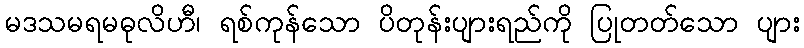
မဒသမရမဓုလိဟီ၊ ရစ်ကုန်သော ပိတုန်းပျားရည်ကို ပြုတတ်သော ပျား